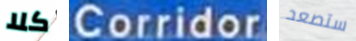
كلا Corridor ستصعد